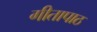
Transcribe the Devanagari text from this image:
गीतापाठ